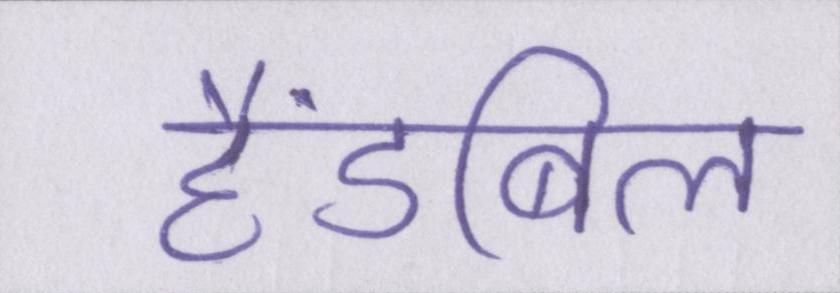
हैंडबिल